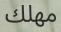
مھلك